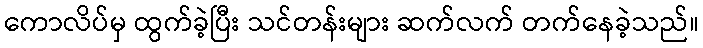
ကောလိပ်မှ ထွက်ခဲ့ပြီး သင်တန်းများ ဆက်လက် တက်နေခဲ့သည်။